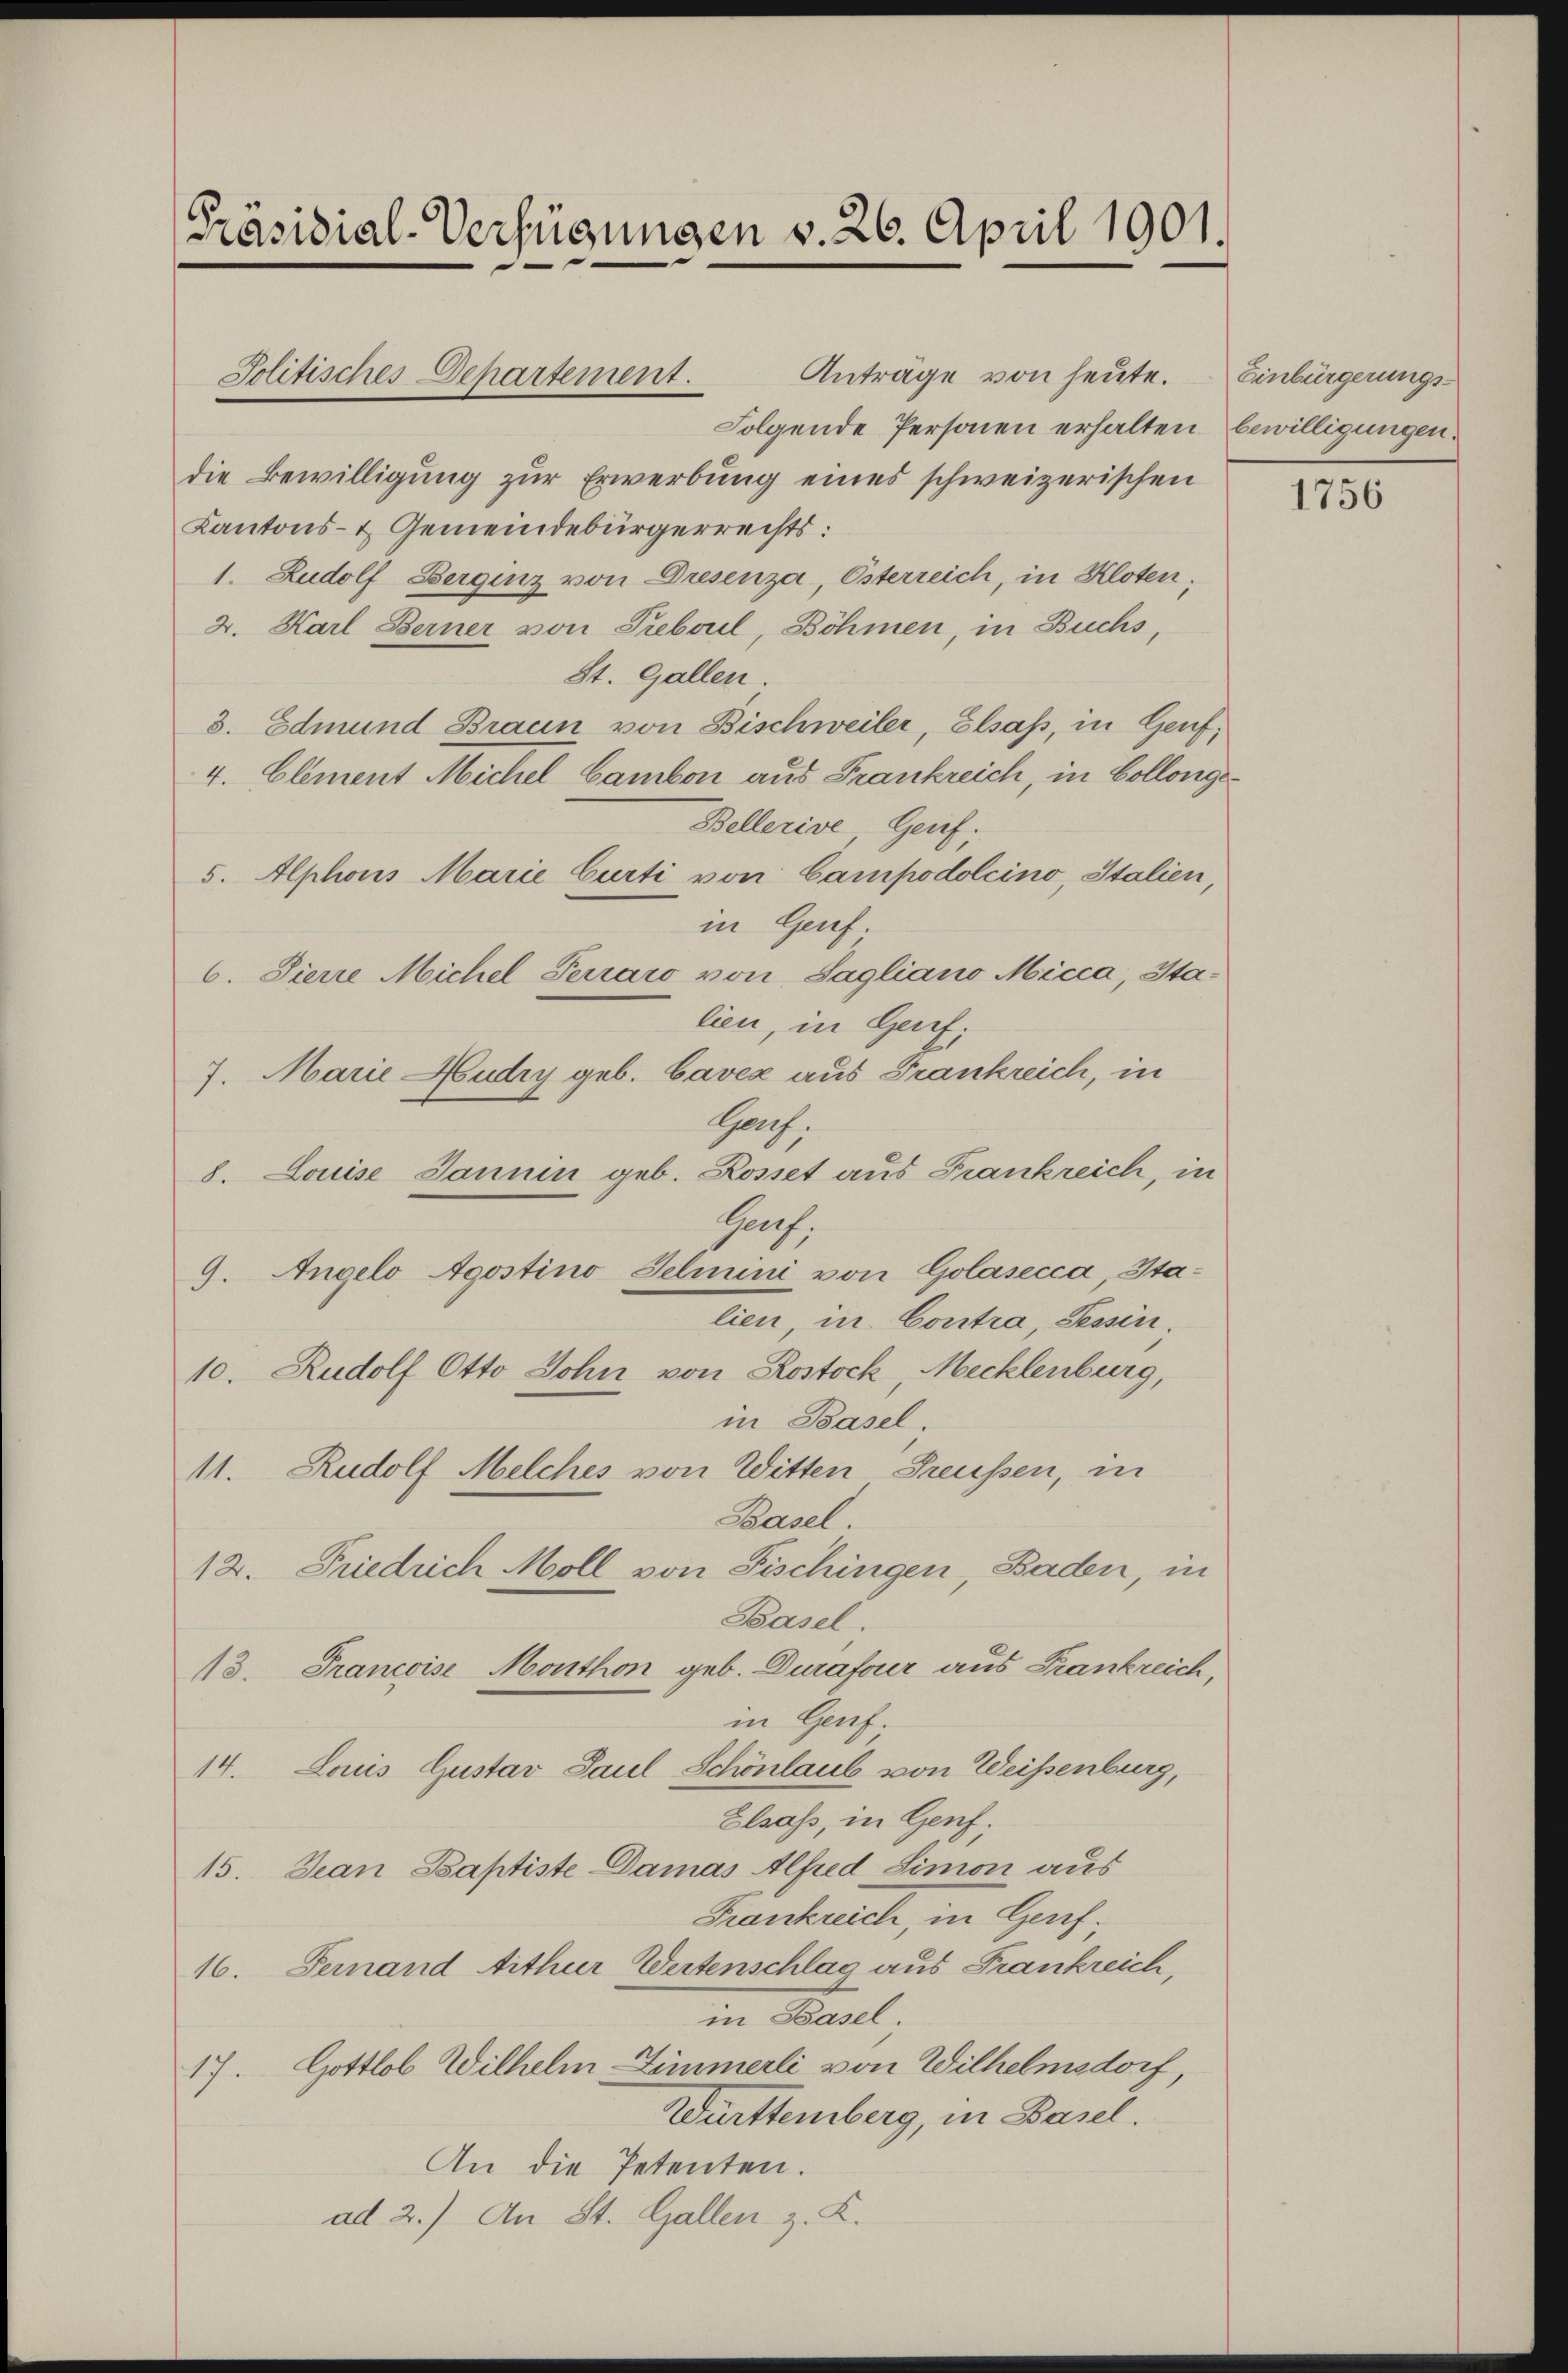
Präsidial-Verfügungen v. 26. April 1901.

Anträge von heute.
Folgende Personen erhalten bewilligungen.
die Bewilligung zur Erwerbung eines schweizerischen
Kantons- & Gemeindebürgerrechts:
1. Rudolf Bergenz von Dresenza, Österreich, in Kloten;
2. Karl Berner von Trebel, Böhmen, in Buchs,
St. Gallen.
3. Edmund Braun von Bischweiler, Elsass, in Genf;
4. Element Michel Camben aus Frankreich, in Collonge¬
Bellerive Genf,
5. Alphons Marie Curti von Campodolcino Italien,
in Genf.
6. Pierre Michel Terraro von Sagliano Micca, Stalien in Genf;
7. Marie Hudry geb. Cavez aus Frankreich, in
Grch.
8. Louise Jannin geb. Rosset aus Frankreich, in
Hach.
9. Angelo Agostino Jelmini von Golasecca, Stalien, in Contra Tessin.
10. Rudolf Otto John von Rostock, Mecklenburg,
in Basel.
11. Rudolf Melches von Witten Freussen, in
Basel
12. Friedrich Moll von Fischingen, Baden, in
Basel.
13. Francoise Monthon geb. Duraforer aus Frankreich,
in Genf.
14. Louis Gustav Paul Schönlaub von Weisenburg,
Elsass, in Genf;
15. Jean Baptiste Damas Alfred Simon aus
Frankreich, in Ges.
16. Fernand tither Wertenschlag aus Frankreich,
 Basel.
17. Gottlob Wilhelm Zimmerli von Wilhelmsdorf,
Württemberg, in Basel.
An die Petenten.
ad 2.) An St. Gallen z. K.

Politisches Departement.

Einbürgerungs-

1756